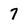
Character: 7